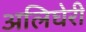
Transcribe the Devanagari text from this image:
अलिघेरी